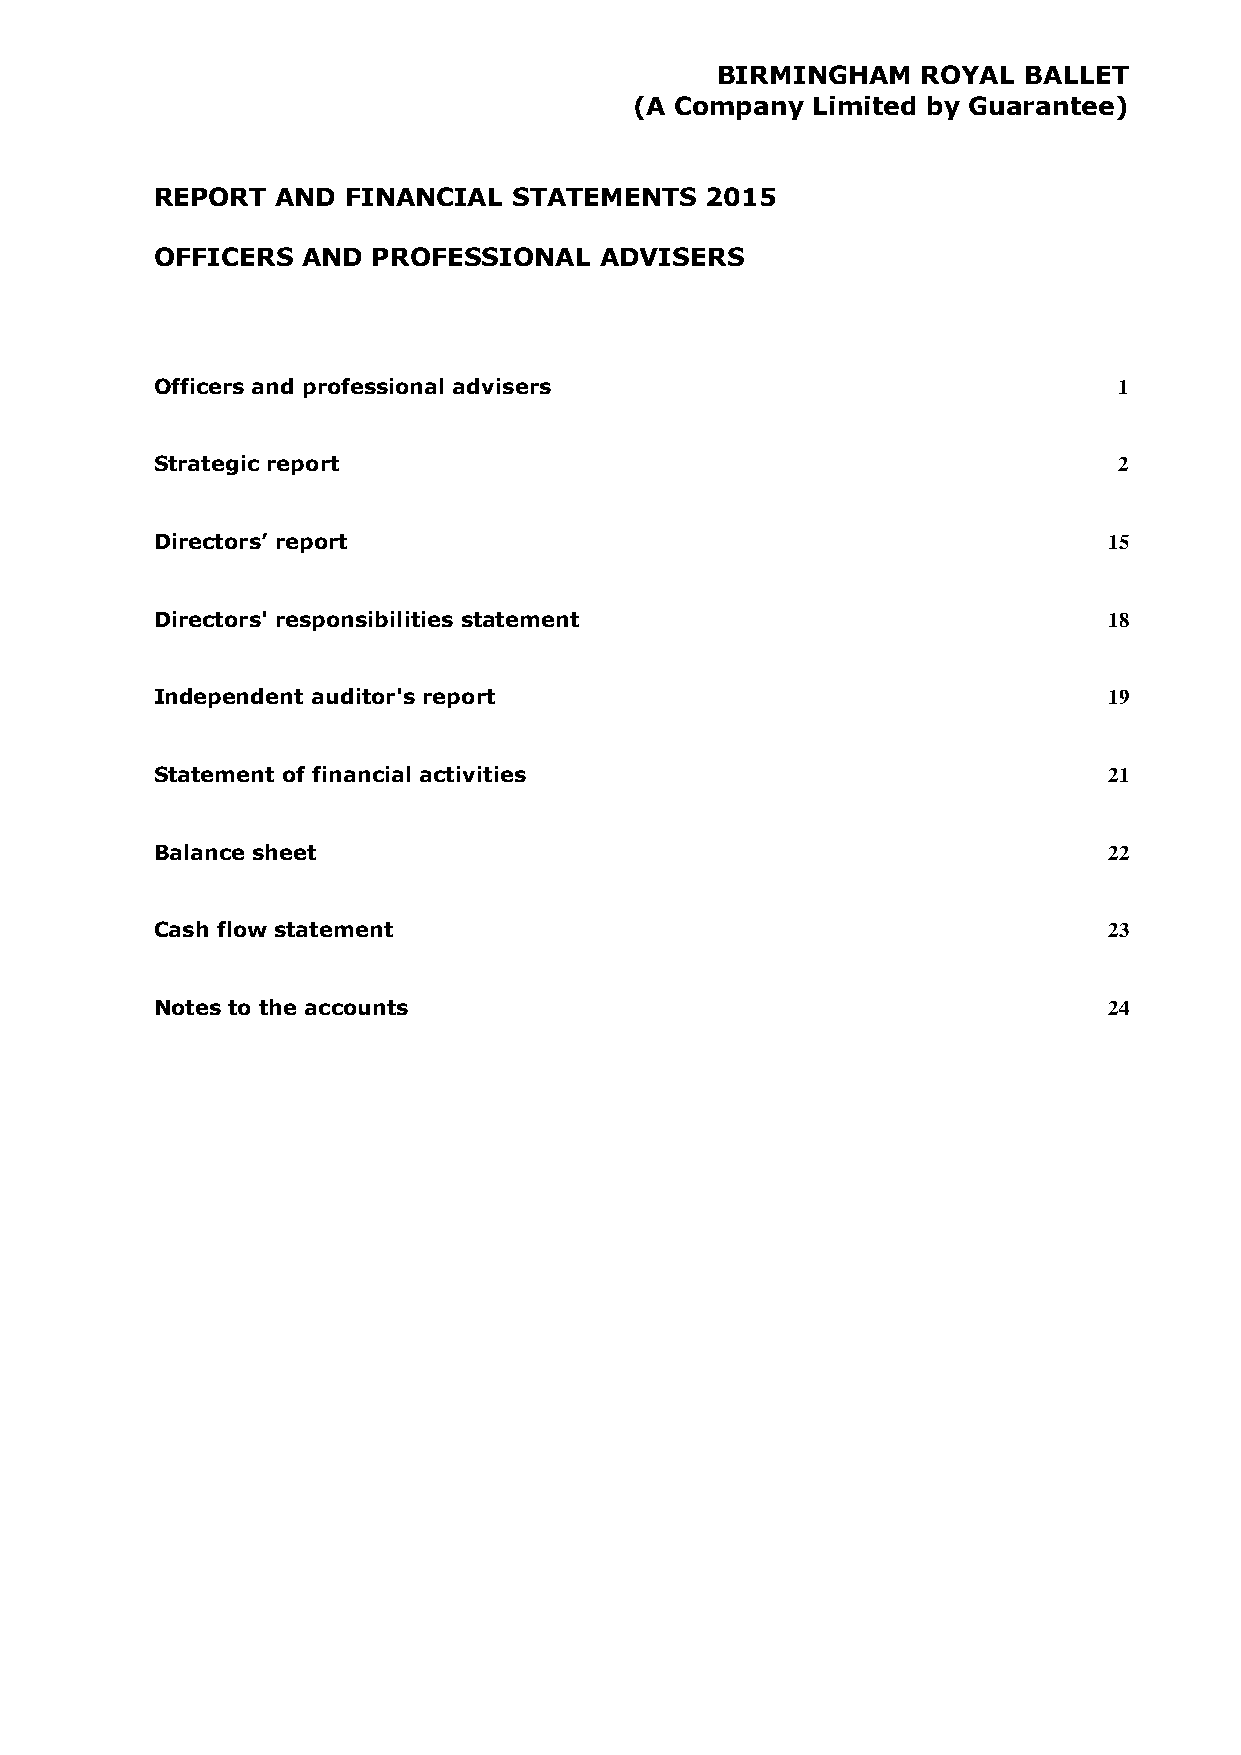
BIRMINGHAM    ROYAL  BALLET
 (A Company  Limited by Guarantee)
 REPORT  AND  FINANCIAL  STATEMENTS   2015
 OFFICERS  AND  PROFESSIONAL   ADVISERS
 Officers and professional advisers                              1
 Strategic report                                                2
 Directors’ report                                              15
 Directors' responsibilities statement                          18
 Independent auditor's report                                   19
 Statement of financial activities                              21
 Balance sheet                                                  22
 Cash flow statement                                            23
 Notes to the accounts                                          24